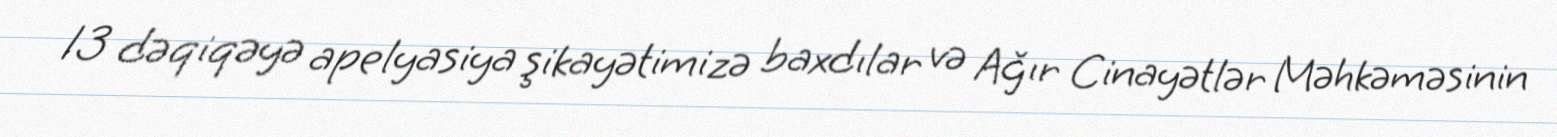
13 dəqiqəyə apelyasiya şikayətimizə baxdılar və Ağır Cinayətlər Məhkəməsinin